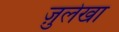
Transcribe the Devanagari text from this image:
ज़ुलेखा